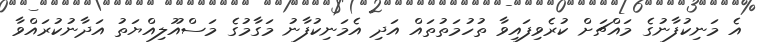
އެ މަނިކުފާނުގެ މައްޗަށް ކުރެވިފައިވާ ތުހުމަތުތައް އަދި އެމަނިކުފާނު މަގާމުގެ މަސްއޫލިއްޔަތު އަދާނުކުރައްވާ